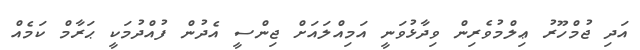
އަދި ޖުމްހޫރު ޢިލްމުވެރިން ވިދާޅުވަނީ އަމިއްލައަށް ޖިންސީ އެދުން ފުއްދުމަކީ ޙަރާމް ކަމެއް